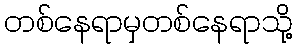
တစ်နေရာမှတစ်နေရာသို့